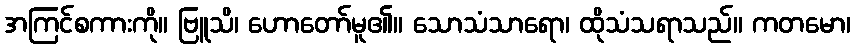
အကြင်စကားကို။ ဗြူသိ၊ ဟောတော်မူ၏။ သောသံသာရော၊ ထိုသံသရာသည်။ ကတမော၊